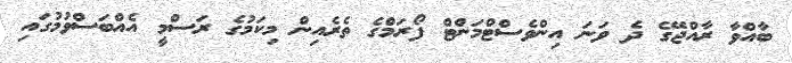
ބާއްވާ ރާއްޖޭގެ ދެ ވަނަ އިންވެސްޓްމަންޓް ފޯރަމްގެ ތެރެއިން މިކަމުގެ ރަސްމީ އެއްބަސްވުމުގައި